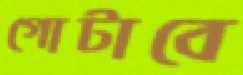
গোটাবে